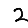
Digit: 2